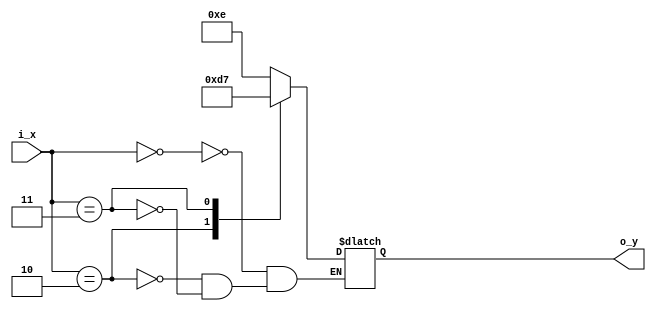
`timescale 1ns / 1ps

module decoder_2x4(
    input [1:0] i_x,
    output [3:0] o_y
    );

    reg [3:0] r_y;
    assign o_y = r_y;

    always @(*) begin
        case (i_x)
            2'b00:  r_y = 4'b1110;
            2'b10:  r_y = 4'b1101;
            2'b10:  r_y = 4'b1011;
            2'b11:  r_y = 4'b0111; 
        endcase
    end

endmodule